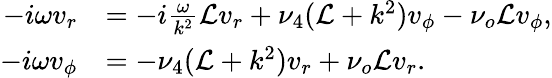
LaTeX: \begin{array}{rl}{-i\omega v_{r}}&{=-i\frac{\omega}{k^{2}}\mathcal{L}v_{r}+\nu_{4}(\mathcal{L}+k^{2})v_{\phi}-\nu_{o}\mathcal{L}v_{\phi},}\\ {-i\omega v_{\phi}}&{=-\nu_{4}(\mathcal{L}+k^{2})v_{r}+\nu_{o}\mathcal{L}v_{r}.}\end{array}